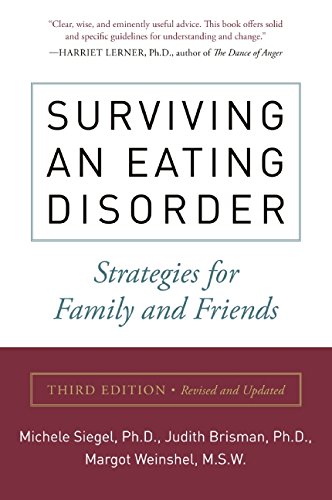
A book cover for Surviving an Eating Disorder: Strategies for Family and Friends; Michele Siegel; Self-Help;